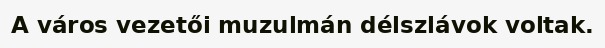
A város vezetői muzulmán délszlávok voltak.